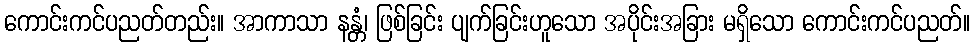
ကောင်းကင်ပညတ်တည်း။ အာကာသာ နန္တံ၊ ဖြစ်ခြင်း ပျက်ခြင်းဟူသော အပိုင်းအခြား မရှိသော ကောင်းကင်ပညတ်။